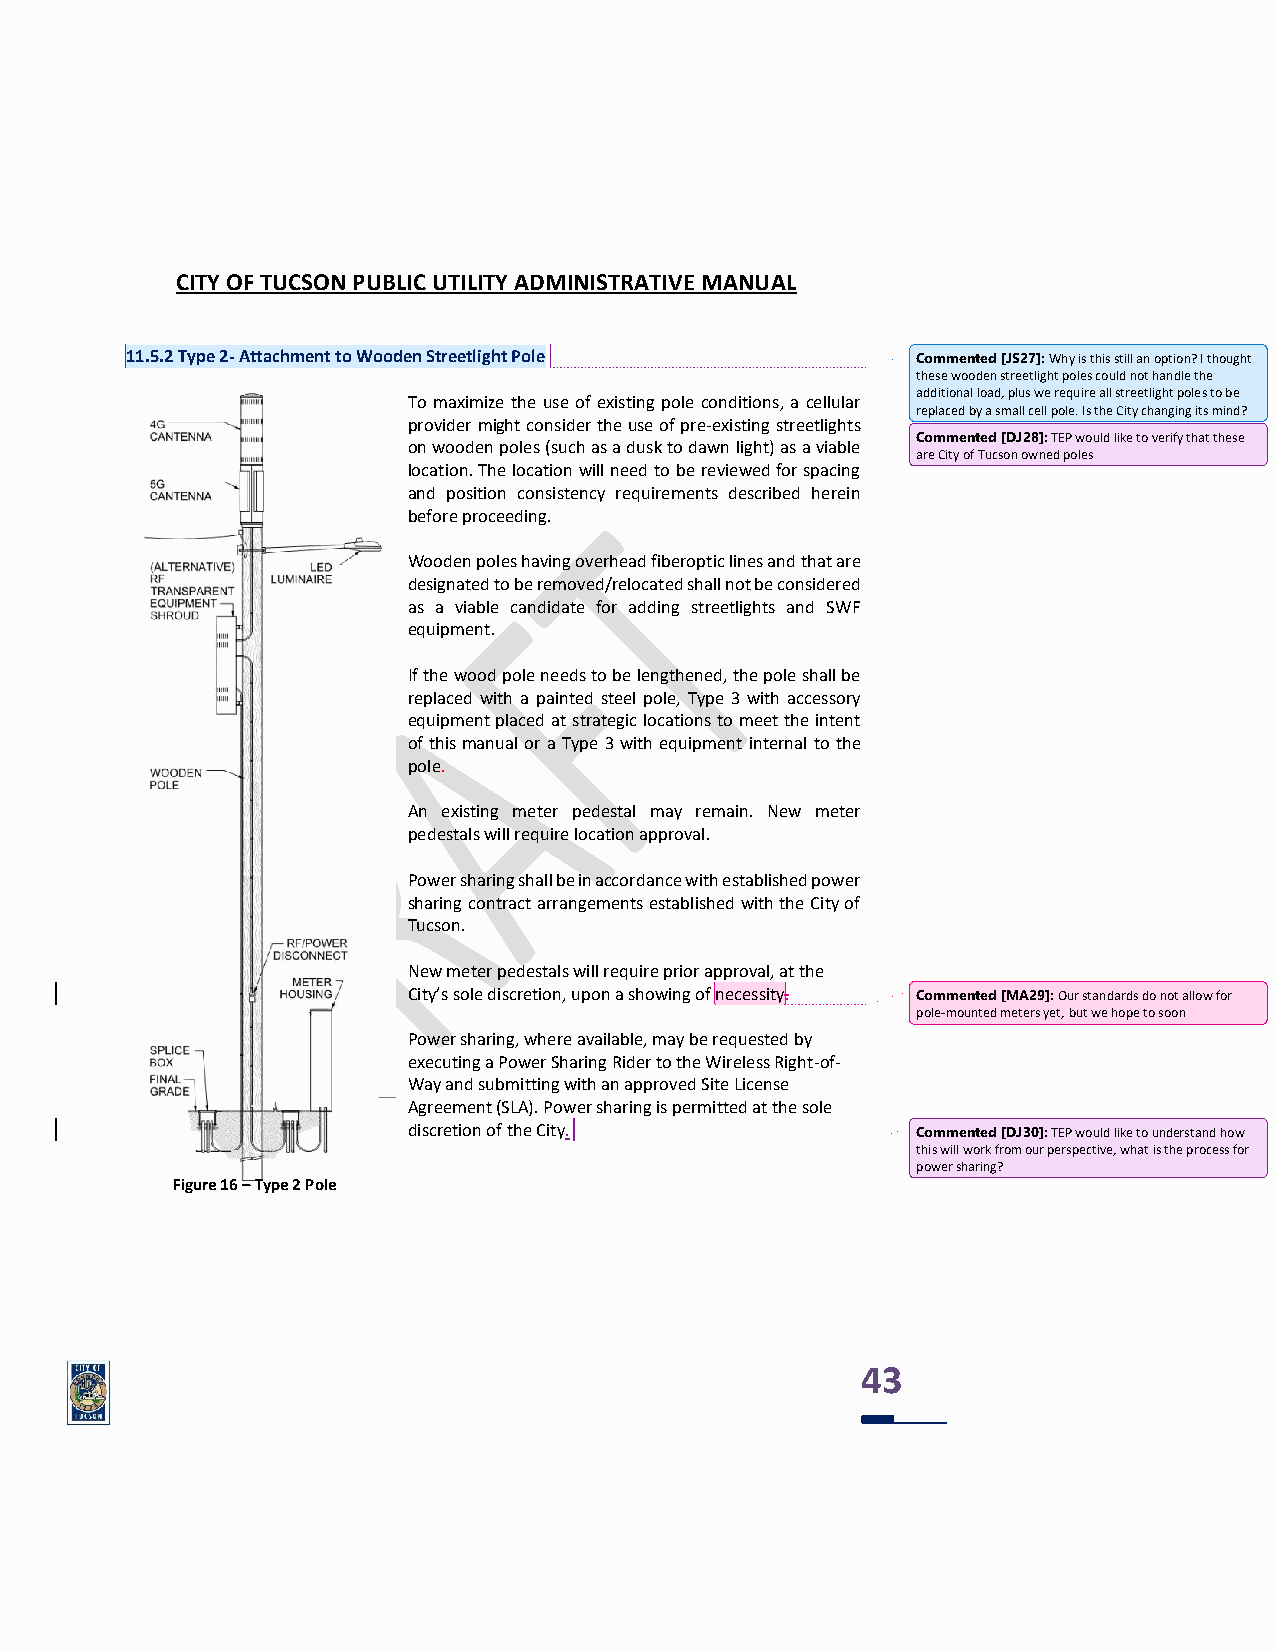
CITY OF TUCSON PUBLIC UTILITY ADMINISTRATIVE MANUAL
 11.5.2 Type 2- Attachment to Wooden Streetlight Pole Commented [JS27]: Why is this still an option? I thought
 these wooden streetlight poles could not handle the
 additional load, plus we require all streetlight poles to be
 To maximize the use of existing pole conditions, a cellular
 replaced by a small cell pole. Is the City changing its mind?
 provider might consider the use of pre-existing streetlights
 Commented [DJ28]: TEP would like to verify that these
 on wooden poles (such as a dusk to dawn light) as a viable
 are City of Tucson owned poles
 location. The location will need to be reviewed for spacing
 and position consistency requirements described herein
 before proceeding.
 Wooden poles having overhead fiberoptic lines and that are
 designated to be removed/relocated shall not be considered
 as a viable candidate for adding streetlights and SWF
 equipment.
 If the wood pole needs to be lengthened, the pole shall be
 replaced with a painted steel pole, Type 3 with accessory
 equipment placed at strategic locations to meet the intent
 of this manual or a Type 3 with equipment internal to the
 pole.
 An existing meter pedestal may remain. New meter
 pedestals will require location approval.
 Power sharing shall be in accordance with established power
 sharing contract arrangements established with the City of
 Tucson.
 New meter pedestals will require prior approval, at the
 City’s sole discretion, upon a showing of necessity. Commented [MA29]: Our standards do not allow for
 pole-mounted meters yet, but we hope to soon
 Power sharing, where available, may be requested by
 executing a Power Sharing Rider to the Wireless Right-of-
 Way and submitting with an approved Site License
 Agreement (SLA). Power sharing is permitted at the sole
 discretion of the City.           Commented [DJ30]: TEP would like to understand how
 this will work from our perspective, what is the process for
 power sharing?
 Figure 16 – Type 2 Pole
 43